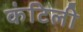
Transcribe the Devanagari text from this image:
कंटिली